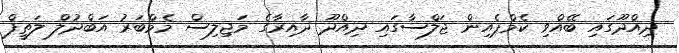
ދިއްދޫގައި ބޭއްވި ކެމްޕެއިން ޖަލްސާގައި ދިއްދޫ ދާއިރާގެ މަޖިލިސް މެމްބަރު އަބްދުލް ލަތީފް